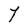
Character: Y